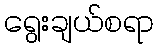
ရွေးချယ်စရာ